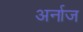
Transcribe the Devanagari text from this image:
अर्नाज